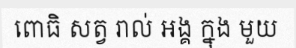
ពោធិ សត្វ រាល់ អង្គ ក្នុង មួយ